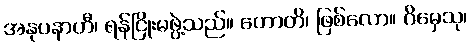
အနုပနာဟီ၊ ရန်ငြိုးမဖွဲ့သည်။ ဟောတိ၊ ဖြစ်လော။ ဂိမှေသု၊